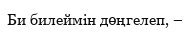
Би билеймiн дөңгелеп, –